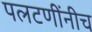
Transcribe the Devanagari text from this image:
पलटणींनीच